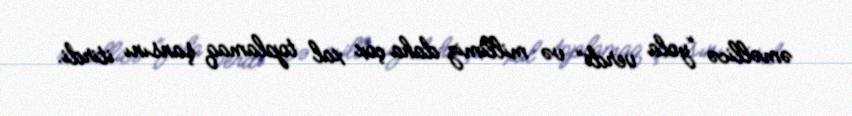
əməllicə “yola verdi” və millimiz daha çox xal toplamaq şansını itirdi.